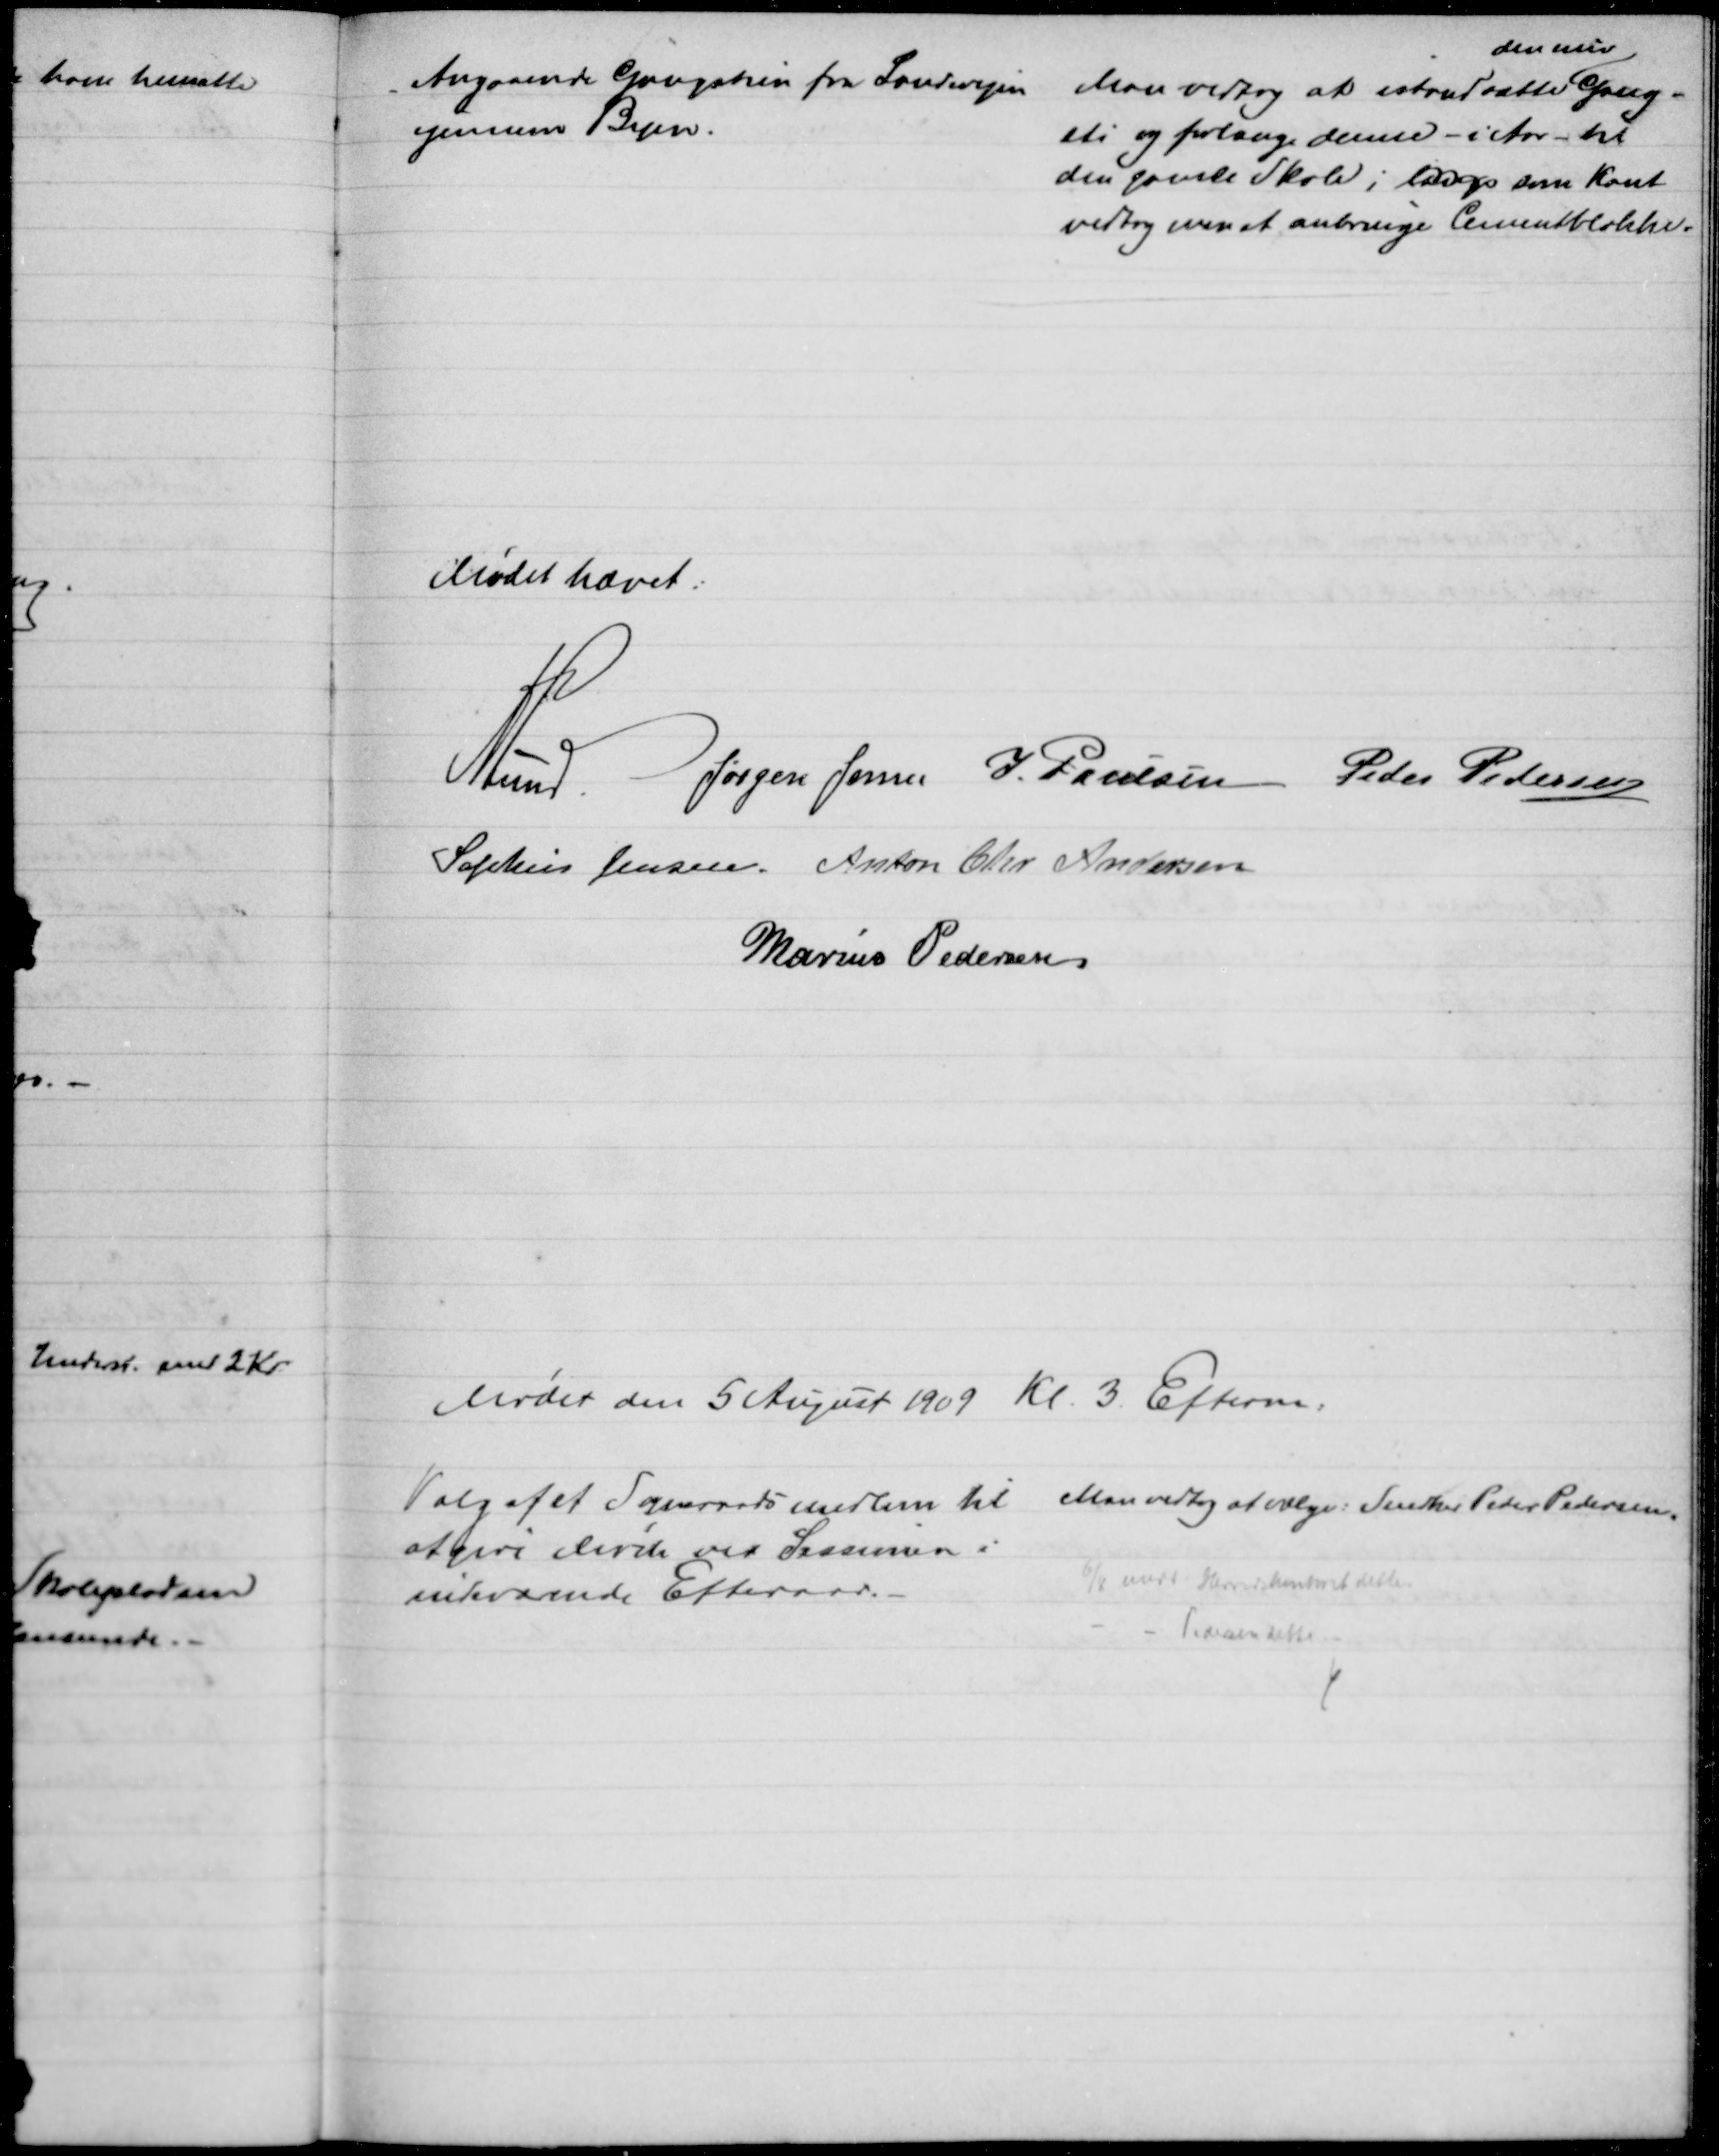
Transskription:
Angaaende Gangstien fra Landevejen
igennem Byen.
Man vedtog at istandsætte
den nuv.
Gang-
sti og forlænge denne - i Aar - til
den gamle Skole, langs som Kant
vedtog man at anbringe Cementblokke.
Mødet hævet.
A. Lund
Jørgen Jensen J. Poulsen Peder Pedersen
Sophus Jensen. Anton Chr Andersen
Marius Pedersen
Mødet den 5 August 1909 Kl. 3. Efterm.
Valg af et Sogneraadsmedlem til 
at give Møde ved Sessionen i
indeværende Efteraar.
Man vedtog at vælge: Snedker Peder Pedersen,
6/8 medd. Herredskontoret dette
Pedersen dette.